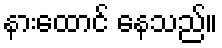
နားထောင် နေသည်။